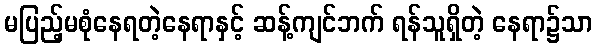
မပြည့်မစုံနေရတဲ့နေရာနှင့် ဆန့်ကျင်ဘက် ရန်သူရှိတဲ့ နေရာ၌သာ